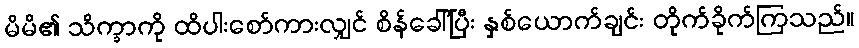
မိမိ၏ သိက္ခာကို ထိပါးစော်ကားလျှင် စိန်ခေါ်ပြီး နှစ်ယောက်ချင်း တိုက်ခိုက်ကြသည်။